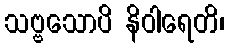
သဗ္ဗသောပိ နိဝါရေတိ၊